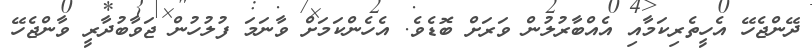
ދޭންޖެހޭ އެހީތެރިކަމާއި އެއްބާރުލުން ވަރަށް ބޮޑެވެ. އެހެންކަމަށް ވާނަމަ ފުލުހުން ޖަވާބުދާރީ ވާންޖެހޭ